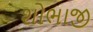
શોભાજી